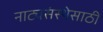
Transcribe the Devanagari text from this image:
नाट्यसंस्थेसाठी